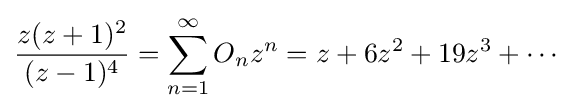
{\frac {z(z+1)^{2}}{(z-1)^{4}}}=\sum _{n=1}^{\infty }O_{n}z^{n}=z+6z^{2}+19z^{3}+\cdots